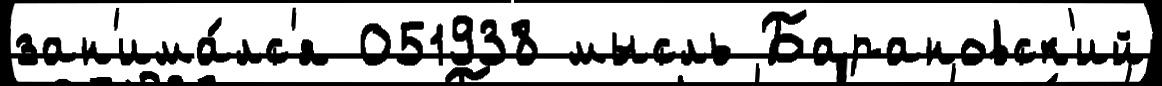
зан'има́лс'я 051938 мысль Барановск'ий